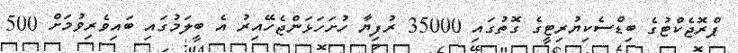
ޕްރޮޖެކްޓުގެ ބިޑްސެކިޔުރިޓީގެ ގޮތުގައި 35000 ރުފިޔާ ހުށަހަޅަންޖެހޭއިރު އެ ބީލަމުގައި ބައިވެރިވުމަށް 500